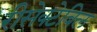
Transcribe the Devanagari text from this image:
रीसेक्टेबिल